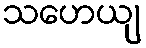
သဟေယျ